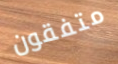
متفقون